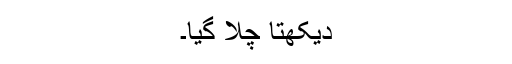
دیکھتا چلا گیا۔